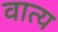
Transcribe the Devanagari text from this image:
वात्य